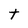
Character: t